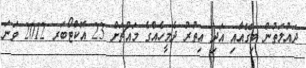
ދައުލަތުން ބިގޭއާއި އަދި އިތުރު ދެމީހެއްގެ މައްޗަށް 23 އޮކްޓޯބަރ 2012 ވަނަ